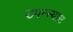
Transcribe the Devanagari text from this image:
उपन्स्यास